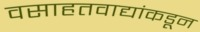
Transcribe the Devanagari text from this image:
वसाहतवाद्यांकडून